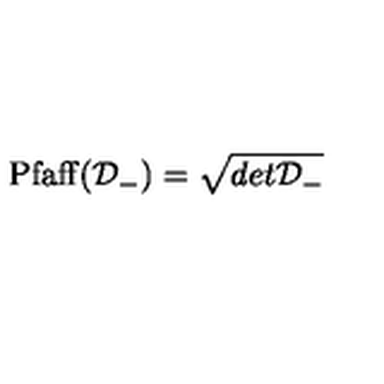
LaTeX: \mathrm { P f a f f } ( { \cal D } _ { - } ) = \sqrt { d e t { \cal D } _ { - } }